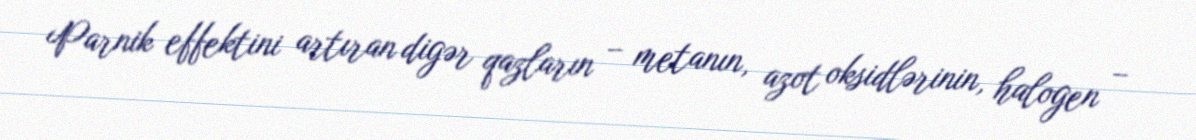
Parnik effektini artıran digər qazların – metanın, azot oksidlərinin, halogen –